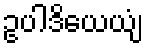
ဥပါဒိယေယျံ